Report of the King Institute of Preventive Medicine, Guindy
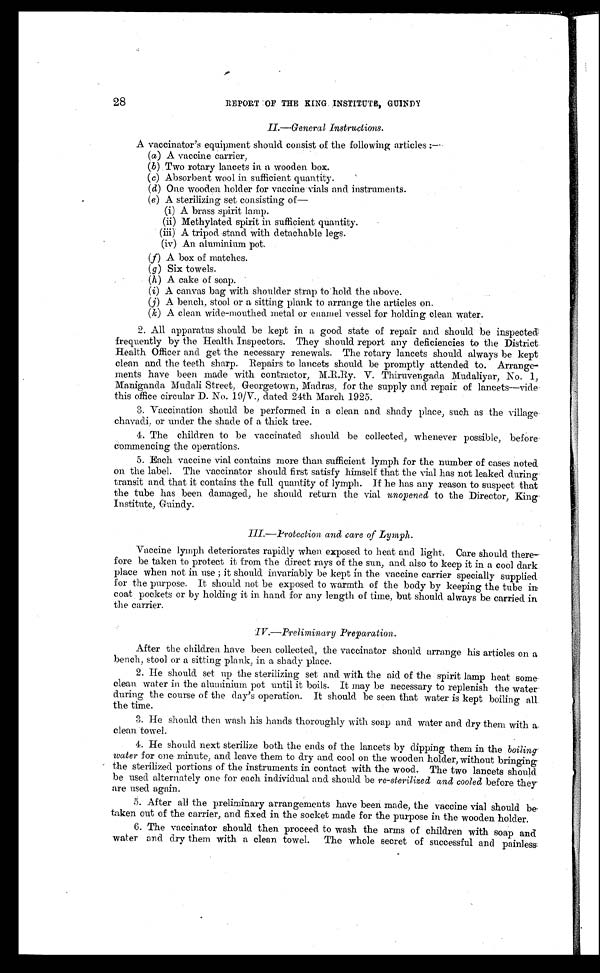
28
REPORT OF THE KING INSTITUTE, GUIN
DY
II.—General Instructions.
A vaccinator's equipment should consist of the following articles:
—
(a) A vaccine carrier,
(b) Two rotary lancets in a wooden box.
(c) Absorbent wool in sufficient quantity.
(d) One wooden holder for vaccine vials and instruments.
(e) A sterilizing set consisting of
—
( i ) A b r a s s s p i r i t l a mp .
(ii) Methylated spirit in sufficient quantity.
( i i i ) A t r i p o d s t a n d w i t h d e t a c h a b l e l e g s .
(iv) An aluminium pot.
(f) A box of matches.
(g) Six towels.
(h) A cake of soap.
(i) A canvas bag with shoulder strap to hold the above.
(j) A bench, stool or a sitting plank to arrange the articles on.
(k) A clean wide-mouthed metal or enamel vessel for holding clean water.
2. All apparatus should be kept in a good state of repair and should be inspected
frequently by the Health Inspectors. They should report any deficiencies to the District
Health Officer and get the necessary renewals. The rotary lancets should always be kept
clean and the teeth sharp. Repairs to lancets should be promptly attended to. Arrange
- m e n t s h a v e b e e n m a d e w i t h c o n t r a c t o r , M . R . R y . V . T h i r u v e n g a d a M u d a l i y a r , N o . 1 ,
Maniganda Mudali Street, Georgetown, Madras, for the supply and repair of lancets—vide
this office circular D. No. 19/V., dated 24th March 1925.
3. Vaccination should be performed in a clean and shady place, such as the village
chavadi, or under the shade of a thick tree.
4. The children to be vaccinated should be collected, whenever possible, before
Commencing the operations.
5. Each vaccine vial contains more than sufficient lymph for the number of cases noted
on the label. The vaccinator should first satisfy himself that the vial has not leaked during
transit and that it contains the full quantity of lymph. If he has any reason to suspect that
the tube has been damaged, he should return the vial unopened to the Director, King
Institute, Guindy.
Vaccine lymph deteriorates rapidly when exposed to heat and light. Care should the
r e - f o r e b e t a k e n t o p r o t e c t i t f r o m t h e d i r e c t r a y s o f t h e s u n , a n d a l s o t o k e e p i t i n a c o o l d a r k
place when not in use; it should invariably be kept in the vaccine carrier specially supplied
for the purpose. It should not be exposed to warmth of the body by keeping the tube in
coat pockets or by holding it in hand for any length of time, but should always be carried in
the carrier.
IV.—Preliminary Preparation.
After the children have been collected, the vaccinator should arrange his articles on a
bench, stool or a sitting plank, in a shady place.
2. He should set up the sterilizing set and with the aid of the spirit lamp heat some
clean water in the aluminium pot until it boils. It may be necessary to replenish the water
during the course of the day's operation. It should be seen that water is kept boiling all
the time.
3. He should then wash his hands thoroughly with soap and water and dry them with a
clean towel.
4. He should next sterilize both the ends of the lancets by dipping them in the boiling
water for one minute, and leave them to dry and cool on the wooden holder, without bringing
the sterilized portions of the instruments in contact with the wood. The two lancets should
be used alternately one for each individual and should be re-sterilized and cooled before they
are used again.
5. After all the preliminary arrangements have been made, the vaccine vial should be
taken out of the carrier, and fixed in the socket made for the purpose in the wooden holder.
6. The vaccinator should then proceed to wash the arms of children with soap and
water and dry them with a clean towel. The whole secret of successful and painless